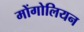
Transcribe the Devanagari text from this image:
मोंगोलियन